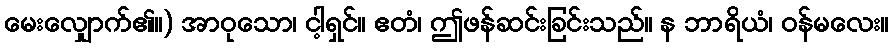
မေးလျှောက်၏။) အာဝုသော၊ ငါ့ရှင်။ ဧတံ၊ ဤဖန်ဆင်းခြင်းသည်။ န ဘာရိယံ၊ ဝန်မလေး။